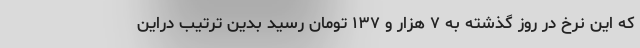
که این نرخ در روز گذشته به ۷ هزار و ۱۳۷ تومان رسید بدین ترتیب دراین